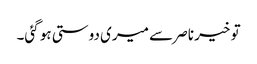
تو خیر ناصر سے میری دوستی ہو گئی۔